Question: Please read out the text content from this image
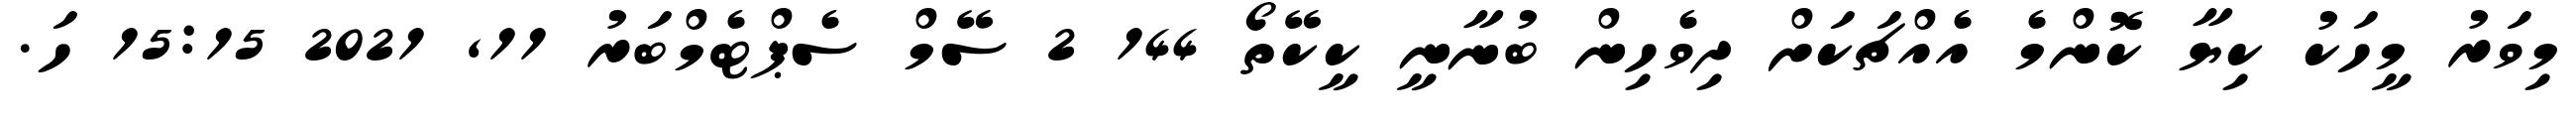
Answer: މިވަރު މީހަކު ކިޔާ ކޮންމެ އެއްޗަކަށް ދިވެހިން ބުނާނީ ކީކޭތޯ 144 2 ސޭމް ސެޕްޓެމްބަރު 11, 2021 15:15 ހަ.